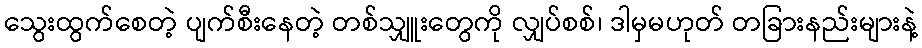
သွေးထွက်စေတဲ့ ပျက်စီးနေတဲ့ တစ်သျှူးတွေကို လျှပ်စစ်၊ ဒါမှမဟုတ် တခြားနည်းများနဲ့